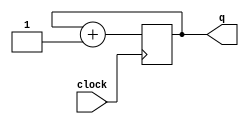
module counter(clock, q);
	input clock;
	output reg [3:0] q;

	always @(posedge clock)
	begin
		q <= q + 1'b1;
	end
endmodule